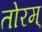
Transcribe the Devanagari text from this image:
तोरम्